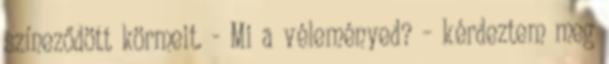
színeződött körmeit. - Mi a véleményed? – kérdeztem meg